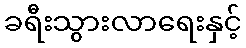
ခရီးသွားလာရေးနှင့်